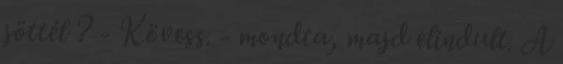
jöttél ? - Kövess. - mondta, majd elindult. A